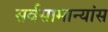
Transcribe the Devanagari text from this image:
सर्वसामान्यांस